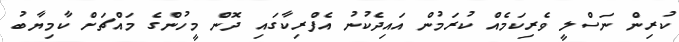
ކުރިން ނަސްލީ ވެރިކަމެއް ކުރަމުން އައިދެކުނު އެފްރިކާގައި ދޮން މީހުންގެ މައްޗަށް ކާމިޔާބު